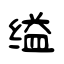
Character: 缢